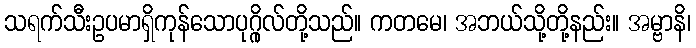
သရက်သီးဥပမာရှိကုန်သောပုဂ္ဂိုလ်တို့သည်။ ကတမေ၊ အဘယ်သို့တို့နည်း။ အမ္ဗာနိ၊